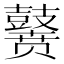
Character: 𪔭